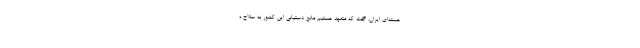
هسته‌ای ایران، گفت که متعهد هستیم مانع دستیابی این کشور به سلاح ه